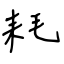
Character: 耗